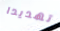
تهديدا